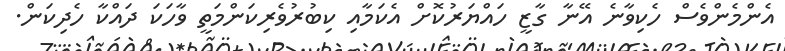
އެންމެންވެސް ހެކިވާނެ އޭނާ ގާޒީ ހައްޔަރުކޮށް އެކަމާއި ކިބުރުވެރިކަންމަތީ ވާހަކަ ދައްކާ ހެދިކަން.